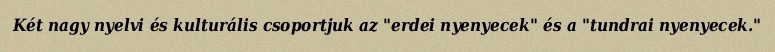
Két nagy nyelvi és kulturális csoportjuk az "erdei nyenyecek" és a "tundrai nyenyecek."